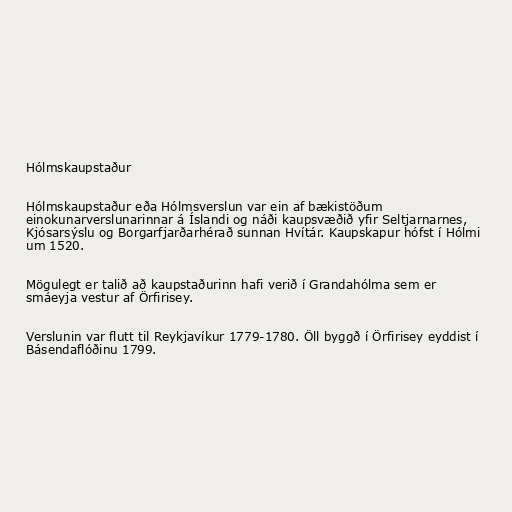
Hólmskaupstaður

Hólmskaupstaður eða Hólmsverslun var ein af bækistöðum
einokunarverslunarinnar á Íslandi og náði kaupsvæðið yfir Seltjarnarnes,
Kjósarsýslu og Borgarfjarðarhérað sunnan Hvítár. Kaupskapur hófst í Hólmi
um 1520.

Mögulegt er talið að kaupstaðurinn hafi verið í Grandahólma sem er
smáeyja vestur af Örfirisey.

Verslunin var flutt til Reykjavíkur 1779-1780. Öll byggð í Örfirisey eyddist í
Básendaflóðinu 1799.